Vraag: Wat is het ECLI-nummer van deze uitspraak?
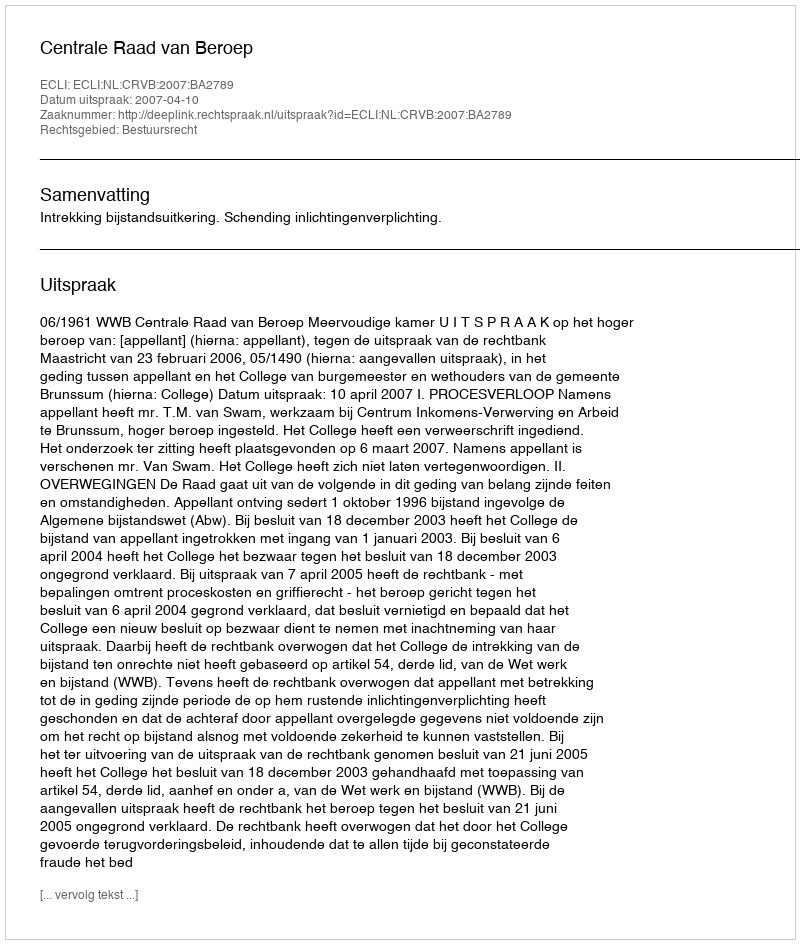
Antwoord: ECLI:NL:CRVB:2007:BA2789